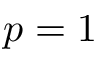
p = 1